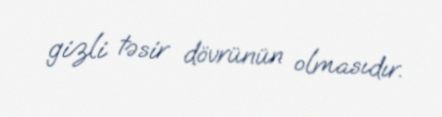
gizli təsir dövrünün olmasıdır.